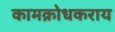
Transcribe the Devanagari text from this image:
कामक्रोधकराय